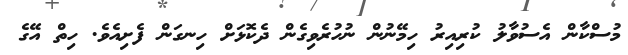
މުސްކާން އެސުވާލު ކުރިއިރު ހިމޭނުން ނުހުރެވިގެން ދެކޮޅަށް ހިނގަން ފެށިއެވެ. ހިތް އޭގެ